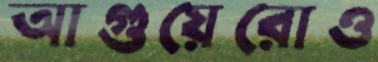
আগুয়েরোও